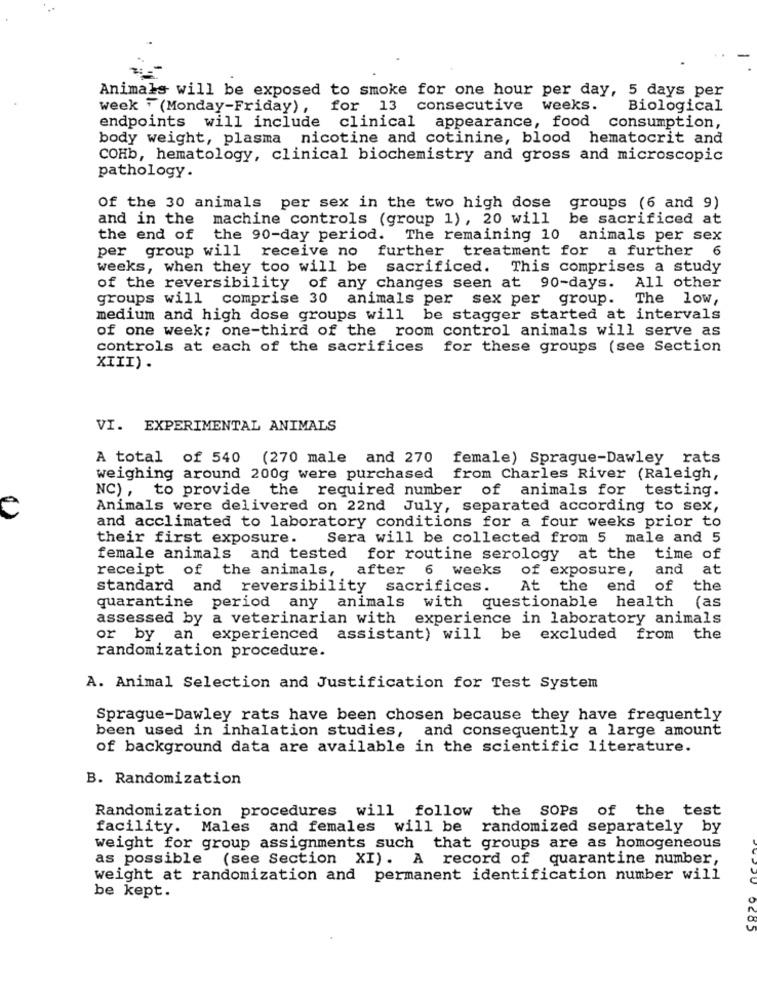
Animals will be exposed to smoke for one hour per day, 5 days per
week 7(Monday-Friday), for 13 consecutive weeks.
Biological
endpoints will include clinical appearance, food consumption,
body weight, plasma nicotine and cotinine, blood hematocrit and
COHb, hematology, clinical biochemistry and gross and microscopic
pathology.
Of the 30 animals per sex in the two high dose groups (6 and 9)
and in the
machine controls (group 1), 20 will be sacrificed at
the end of
the 90-day period. The remaining 10 animals per sex
per group will receive no further treatment for a further
6
weeks, when they too will be sacrificed. This comprises a study
of the reversibility of any changes seen at 90-days.
All other
groups will comprise 30 animals per sex per group. The low,
medium and high dose groups will be stagger started at intervals
of one week; one-third of the room control animals will serve as
controls at each of the sacrifices for these groups (see Section
XIII) .
VI. EXPERIMENTAL ANIMALS
A total of 540 (270 male and 270
female) Sprague-Dawley rats
weighing around 200g were purchased from Charles River (Raleigh,
NC) , to provide the required number of animals for testing.
Animals were delivered on 22nd July, separated according to sex,
and acclimated to laboratory conditions for a four weeks prior to
their first exposure.
Sera will be collected from 5 male and 5
female animals and tested for routine serology at the
time of
receipt of the animals,
after 6 weeks of exposure,
and
at
standard and reversibility sacrifices.
At the end
of the
(as
quarantine period any animals
with questionable health
assessed by a veterinarian with
experience in laboratory animals
or by an experienced
assistant) will be excluded from the
randomization procedure.
A. Animal Selection and Justification for Test System
Sprague-Dawley rats have been chosen because they have frequently
been used in inhalation studies, and consequently a large amount
of background data are available in the scientific literature.
B. Randomization
Randomization procedures will follow the SOPs of the test
facility. Males and females will be randomized separately by
weight for group assignments such that groups are as homogeneous
as possible (see Section XI). A record of quarantine number,
weight at randomization and permanent identification number will
be kept.